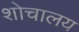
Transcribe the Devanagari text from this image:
शोचालय